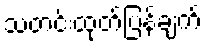
သတင်းထုတ်ပြန်ချက်